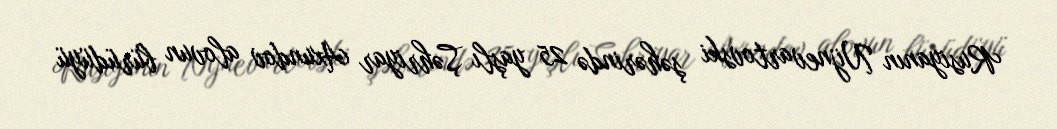
Rusiyanın Nijnevartovski şəhərində 25 yaşlı Şəhriyar Axundov alovun bürüdüyü